65_HS1-834228961_62-HQ-83894_Section_2
Agency: FBI
Page 33
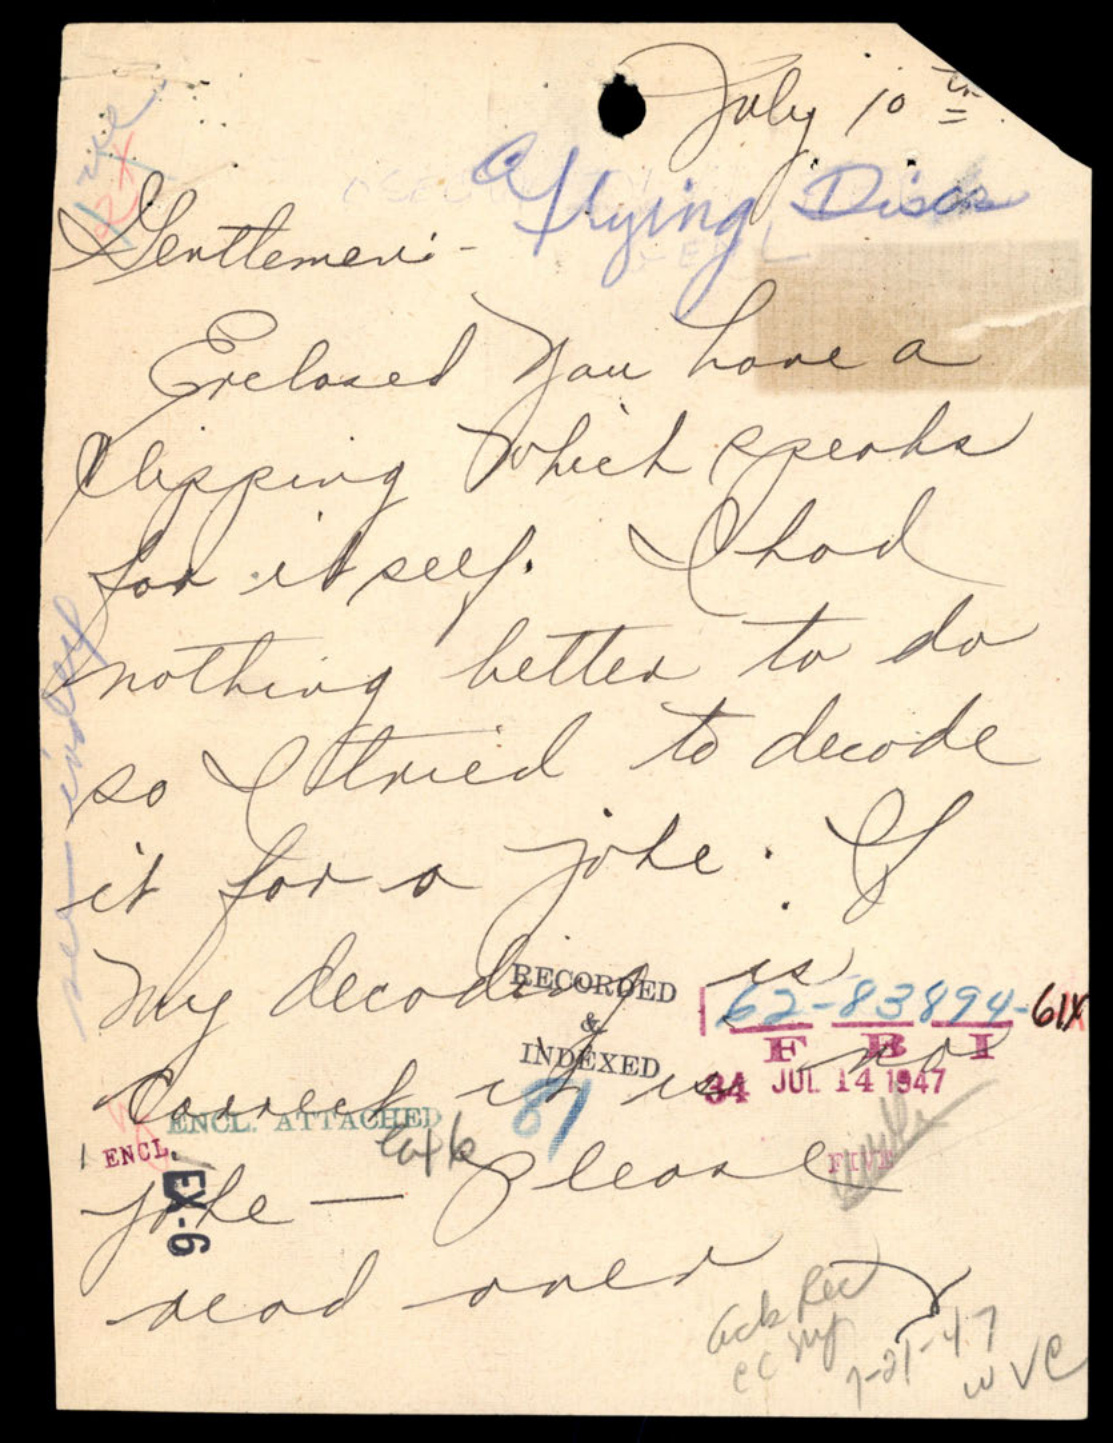